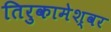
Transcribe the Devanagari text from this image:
तिरुकामेश्वर